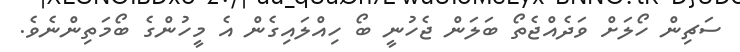
ސަޗިން ހޯލަށް ވަދެއްޖެތޯ ބަލަން ޖެހުނީ ބޯ ހިއްލައިގެން އެ މީހުންގެ ބޯމަތިންނެވެ.